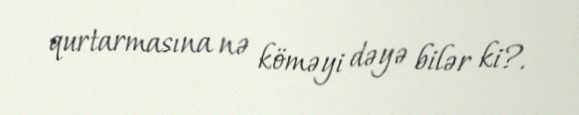
qurtarmasına nə köməyi dəyə bilər ki?.